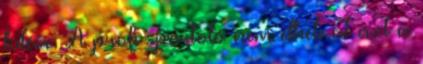
kitéve. A profi sportoló nem élheti át azt a